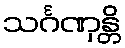
သင်္ဂဏှန္တိ